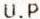
U.P